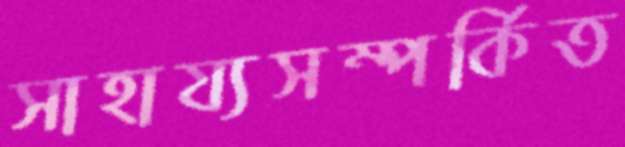
সাহায্যসম্পর্কিত